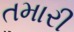
તમારી